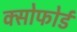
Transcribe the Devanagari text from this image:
क्सोफोर्ड